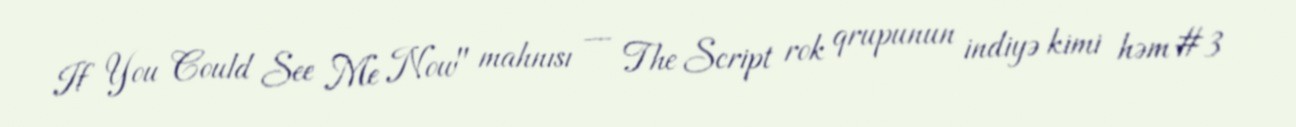
If You Could See Me Now" mahnısı — The Script rok qrupunun indiyə kimi həm #3